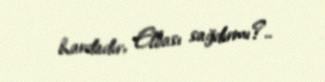
hardadır, Elbası sağdırmı?..